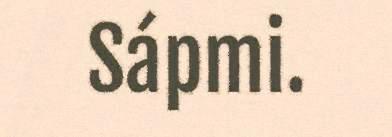
Sápmi.